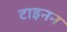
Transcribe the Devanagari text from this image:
टाइनन